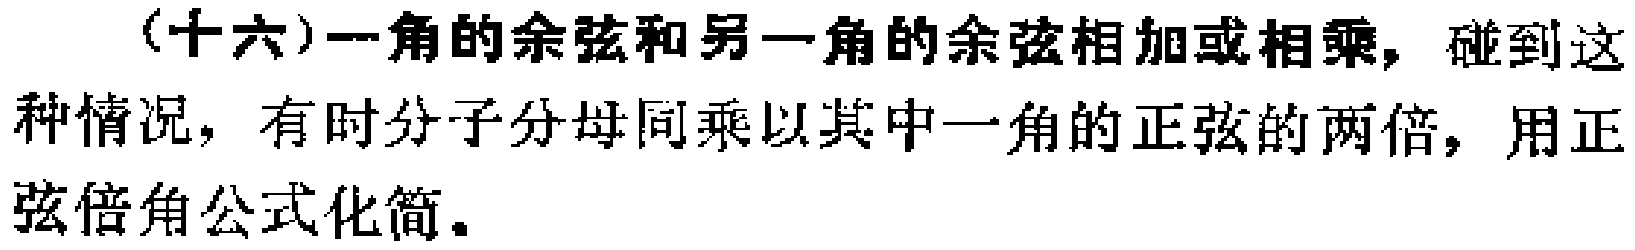
(十六)一角的余弦和另一角的余弦相加或相乘，碰到这种情况，有时分子分母同乘以其中一角的正弦的两倍，用正弦倍角公式化简。